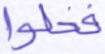
فخلوا